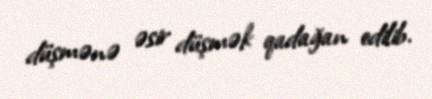
düşmənə əsir düşmək qadağan edilib.